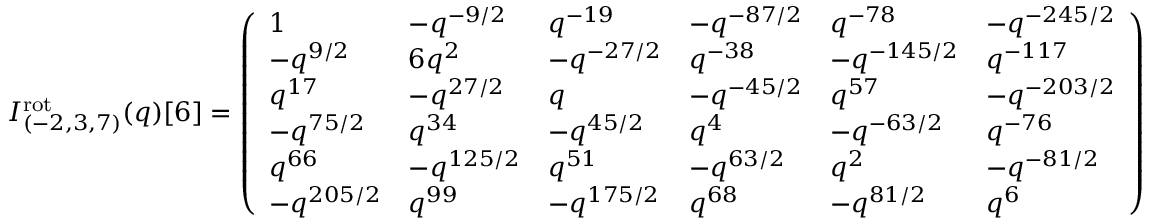
I _ { ( - 2 , 3 , 7 ) } ^ { \mathrm { r o t } } ( q ) [ 6 ] = \left( \begin{array} { l l l l l l } { 1 } & { - q ^ { - 9 / 2 } } & { q ^ { - 1 9 } } & { - q ^ { - 8 7 / 2 } } & { q ^ { - 7 8 } } & { - q ^ { - 2 4 5 / 2 } } \\ { - q ^ { 9 / 2 } } & { 6 q ^ { 2 } } & { - q ^ { - 2 7 / 2 } } & { q ^ { - 3 8 } } & { - q ^ { - 1 4 5 / 2 } } & { q ^ { - 1 1 7 } } \\ { q ^ { 1 7 } } & { - q ^ { 2 7 / 2 } } & { q } & { - q ^ { - 4 5 / 2 } } & { q ^ { 5 7 } } & { - q ^ { - 2 0 3 / 2 } } \\ { - q ^ { 7 5 / 2 } } & { q ^ { 3 4 } } & { - q ^ { 4 5 / 2 } } & { q ^ { 4 } } & { - q ^ { - 6 3 / 2 } } & { q ^ { - 7 6 } } \\ { q ^ { 6 6 } } & { - q ^ { 1 2 5 / 2 } } & { q ^ { 5 1 } } & { - q ^ { 6 3 / 2 } } & { q ^ { 2 } } & { - q ^ { - 8 1 / 2 } } \\ { - q ^ { 2 0 5 / 2 } } & { q ^ { 9 9 } } & { - q ^ { 1 7 5 / 2 } } & { q ^ { 6 8 } } & { - q ^ { 8 1 / 2 } } & { q ^ { 6 } } \end{array} \right)